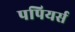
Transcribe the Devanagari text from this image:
पपियर्स